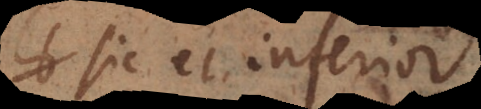
sic et inferior